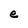
Character: e